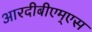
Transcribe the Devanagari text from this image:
आरदीबीएम्एस